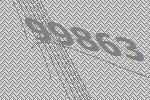
99863